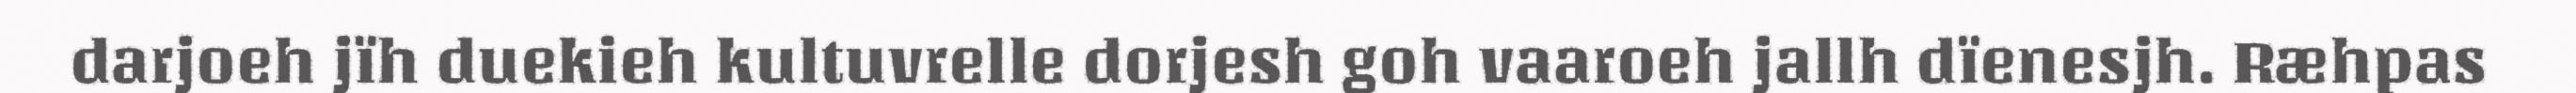
darjoeh jïh duekieh kultuvrelle dorjesh goh vaaroeh jallh dïenesjh. Ræhpas